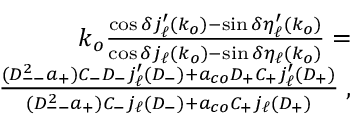
\begin{array} { r l r } & { } & { k _ { o } \frac { \cos \delta j _ { \ell } ^ { \prime } ( k _ { o } ) - \sin \delta \eta _ { \ell } ^ { \prime } ( k _ { o } ) } { \cos \delta j _ { \ell } ( k _ { o } ) - \sin \delta \eta _ { \ell } ( k _ { o } ) } = } \\ & { } & { \frac { ( D _ { -- } ^ { 2 } a _ { + } ) C _ { - } D _ { - } j _ { \ell } ^ { \prime } ( D _ { - } ) + a _ { c o } D _ { + } C _ { + } j _ { \ell } ^ { \prime } ( D _ { + } ) } { ( D _ { -- } ^ { 2 } a _ { + } ) C _ { - } j _ { \ell } ( D _ { - } ) + a _ { c o } C _ { + } j _ { \ell } ( D _ { + } ) } \; , } \end{array}